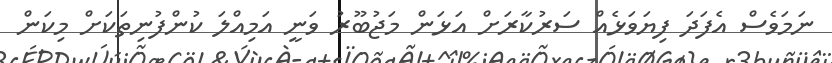
ނަމަވެސް އެފަދަ ފިޔަވަޅެއް ސަރުކާރަށް އަޅަން މަޖުބޫރު ވަނީ އަމިއްލަ ކުންފުނިތަކަށް މިކަން